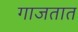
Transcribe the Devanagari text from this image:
गाजतात